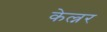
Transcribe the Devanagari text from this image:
केल्नर